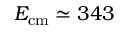
E _ { \mathrm { { c m } } } \simeq 3 4 3